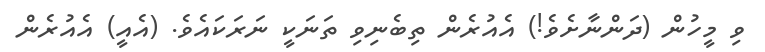
ވި މީހުން (ދަންނާށެވެ!) އެއުރެން ތިބެނިވި ތަނަކީ ނަރަކައެވެ. (އެއީ) އެއުރެން